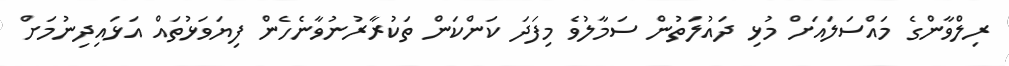
ރިލްވާންގެ މައްސަލައަށް މުޅި ދައުލަތުން ސަމާލުވެ މިފަދަ ކަންކަން ތަކުރާރުނުވާނެހެން ފިޔަވަޅުތައް އަޅައިދިނުމަށް